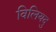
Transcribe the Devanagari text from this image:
विलियदु